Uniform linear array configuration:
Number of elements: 48
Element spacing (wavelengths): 0.5
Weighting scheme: hamming
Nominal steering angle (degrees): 45
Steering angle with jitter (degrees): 44.907
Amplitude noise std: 0.05
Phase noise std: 0.05

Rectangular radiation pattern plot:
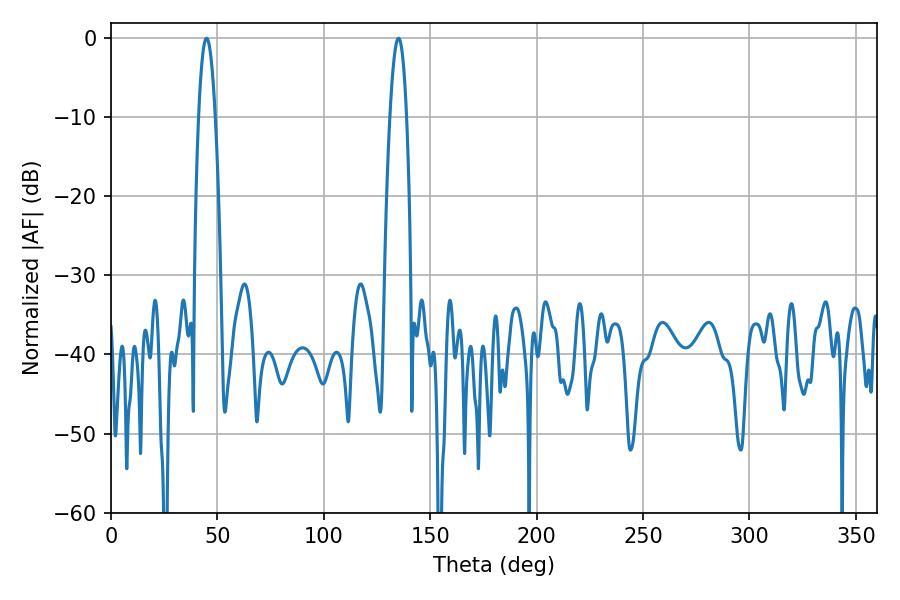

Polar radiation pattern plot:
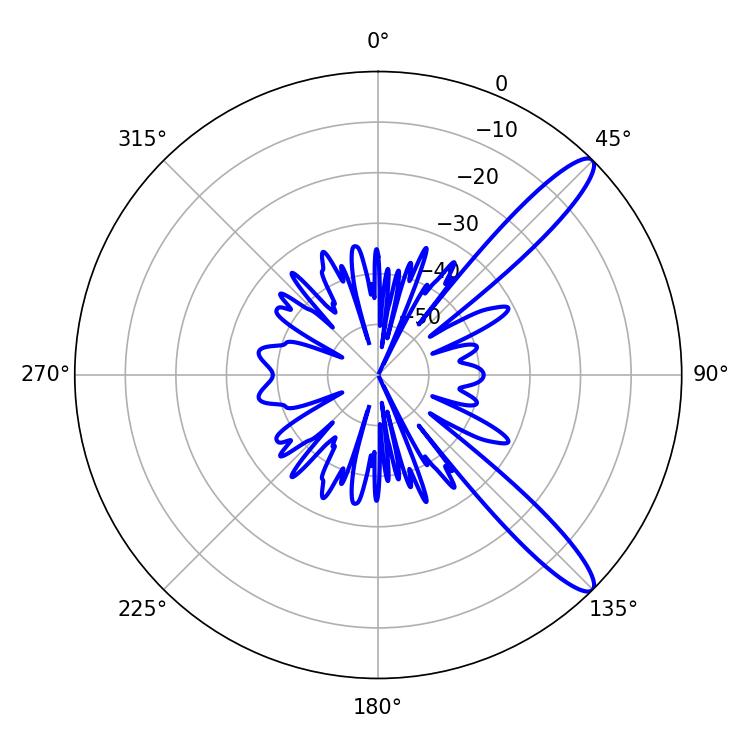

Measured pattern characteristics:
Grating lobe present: FALSE
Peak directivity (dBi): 12.39
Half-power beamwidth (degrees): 4.32
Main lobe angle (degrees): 44.82